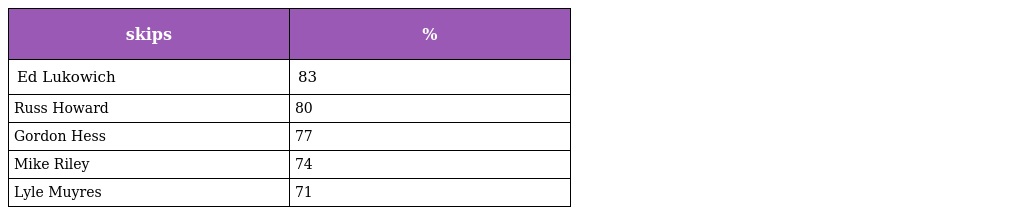
| skips | % |
 | --- | --- |
 | Ed Lukowich | 83 |
 | Russ Howard | 80 |
 | Gordon Hess | 77 |
 | Mike Riley | 74 |
 | Lyle Muyres | 71 |